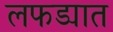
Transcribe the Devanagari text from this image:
लफड्यात